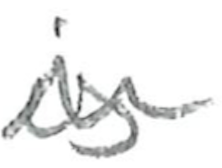
Text: is
Cross-out: wave
Writing tool: pencil